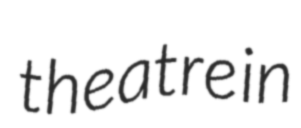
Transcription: theatre in